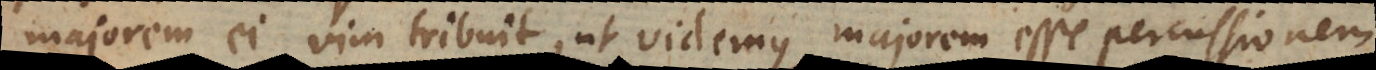
majorem ei vim tribuit, ut videmus majorem esse percussionem